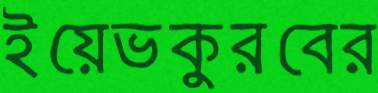
ইয়েভকুরবের